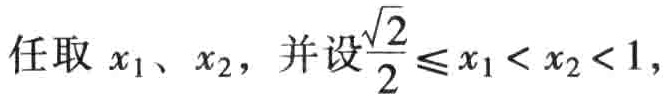
任取 \(x_1\)、\(x_2\)，并设\(\frac{\sqrt{2}}{2} \leq x_1 < x_2 < 1\)